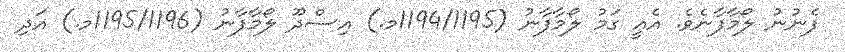
ފެނުނު ލޯމާފާނެވެ. އެއީ ގަމު ލޯމާފާނު (1194/1195މ.) އިސްދޫ ލޯމާފާނު (1195/1196މ.) އަދި